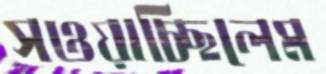
সওয়াচ্ছিলেম